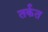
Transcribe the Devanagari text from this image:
तर्कत